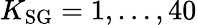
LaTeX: K_{\mathrm{SG}}=1,\ldots,40